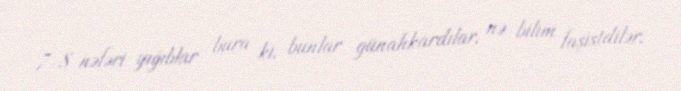
7-8 nəfəri yığıblar bura ki, bunlar günahkardılar, nə bilim faşistdilər,